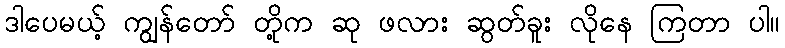
ဒါပေမယ့် ကျွန်တော် တို့က ဆု ဖလား ဆွတ်ခူး လိုနေ ကြတာ ပါ။